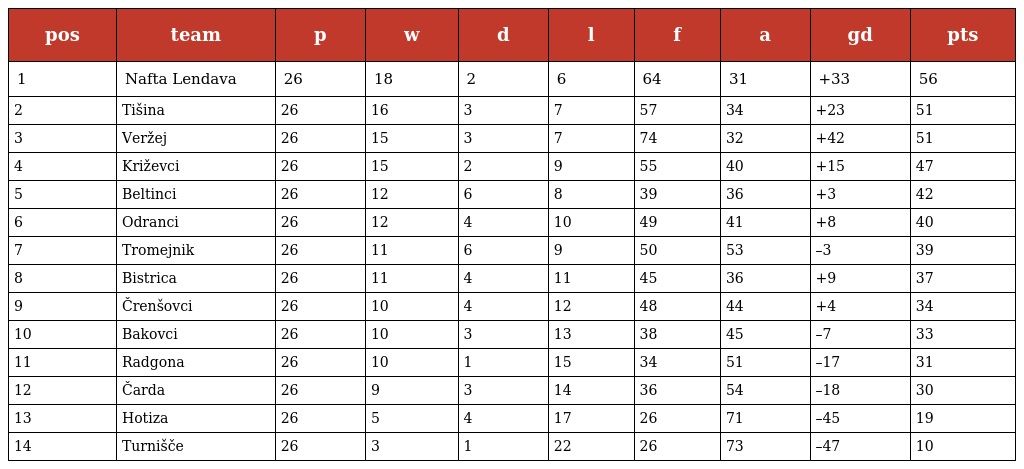
| pos | team | p | w | d | l | f | a | gd | pts |
 | --- | --- | --- | --- | --- | --- | --- | --- | --- | --- |
 | 1 | Nafta Lendava | 26 | 18 | 2 | 6 | 64 | 31 | +33 | 56 |
 | 2 | Tišina | 26 | 16 | 3 | 7 | 57 | 34 | +23 | 51 |
 | 3 | Veržej | 26 | 15 | 3 | 7 | 74 | 32 | +42 | 51 |
 | 4 | Križevci | 26 | 15 | 2 | 9 | 55 | 40 | +15 | 47 |
 | 5 | Beltinci | 26 | 12 | 6 | 8 | 39 | 36 | +3 | 42 |
 | 6 | Odranci | 26 | 12 | 4 | 10 | 49 | 41 | +8 | 40 |
 | 7 | Tromejnik | 26 | 11 | 6 | 9 | 50 | 53 | –3 | 39 |
 | 8 | Bistrica | 26 | 11 | 4 | 11 | 45 | 36 | +9 | 37 |
 | 9 | Črenšovci | 26 | 10 | 4 | 12 | 48 | 44 | +4 | 34 |
 | 10 | Bakovci | 26 | 10 | 3 | 13 | 38 | 45 | –7 | 33 |
 | 11 | Radgona | 26 | 10 | 1 | 15 | 34 | 51 | –17 | 31 |
 | 12 | Čarda | 26 | 9 | 3 | 14 | 36 | 54 | –18 | 30 |
 | 13 | Hotiza | 26 | 5 | 4 | 17 | 26 | 71 | –45 | 19 |
 | 14 | Turnišče | 26 | 3 | 1 | 22 | 26 | 73 | –47 | 10 |